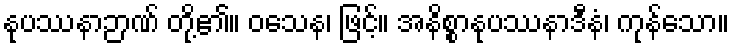
နုပဿနာဉာဏ် တို့၏။ ဝသေန၊ ဖြင့်။ အနိစ္စာနုပဿနာဒီနံ၊ ကုန်သော။